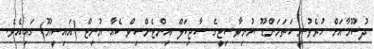
ދުސޫމާއަށް ހުރެވުނީ ކަތަމަންޑޫ ޔުނިވާސިޓީގެ ސާޖިކަލް އިންޓެންސިވް ކެއާ ޔުނިޓް (އައިސީޔޫ) ގައިއެވެ.